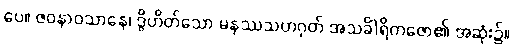
ပေ။ ဇဝနာဝသာနေ၊ ဒွိဟိတ်သော မနဿသဟဂုတ် အသင်္ခါရိကဇော၏ အဆုံး၌။